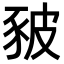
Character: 𧰸